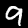
Label: 9